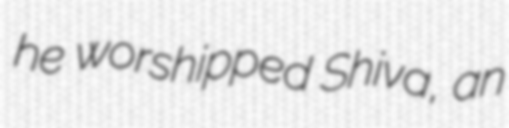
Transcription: he worshipped Shiva, an